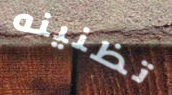
تظنينه